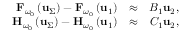
\begin{array} { r l r } { { \bf F } _ { \omega _ { 0 } } \left( { \bf u } _ { \Sigma } \right) - { \bf F } _ { \omega _ { 0 } } \left( { \bf u } _ { 1 } \right) } & { \approx } & { { \cal B } _ { 1 } \mathbf { u } _ { 2 } , } \\ { { \bf H } _ { \omega _ { 0 } } \left( { \bf u } _ { \Sigma } \right) - { \bf H } _ { \omega _ { 0 } } \left( { \bf u } _ { 1 } \right) } & { \approx } & { { \cal C } _ { 1 } \mathbf { u } _ { 2 } , } \end{array}